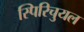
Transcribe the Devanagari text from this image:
स्पिरिचुयल